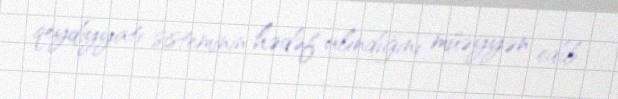
qeydiyyatı sisteminin hədəf alındığını müəyyən edib.